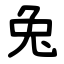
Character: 兔